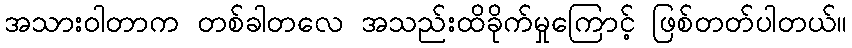
အသားဝါတာက တစ်ခါတလေ အသည်းထိခိုက်မှုကြောင့် ဖြစ်တတ်ပါတယ်။